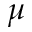
{ \mu }